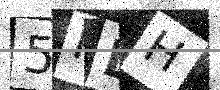
Text: 5RLH